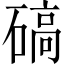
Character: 碻